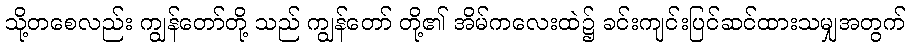
သို့တစေလည်း ကျွန်တော်တို့ သည် ကျွန်တော် တို့၏ အိမ်ကလေးထဲ၌ ခင်းကျင်းပြင်ဆင်ထားသမျှအတွက်